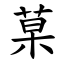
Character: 菒